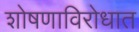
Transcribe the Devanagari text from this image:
शोषणाविरोधात